Report of the Indian Hemp Drugs Commission, 1894-1895 - Volume I
Year: 1894
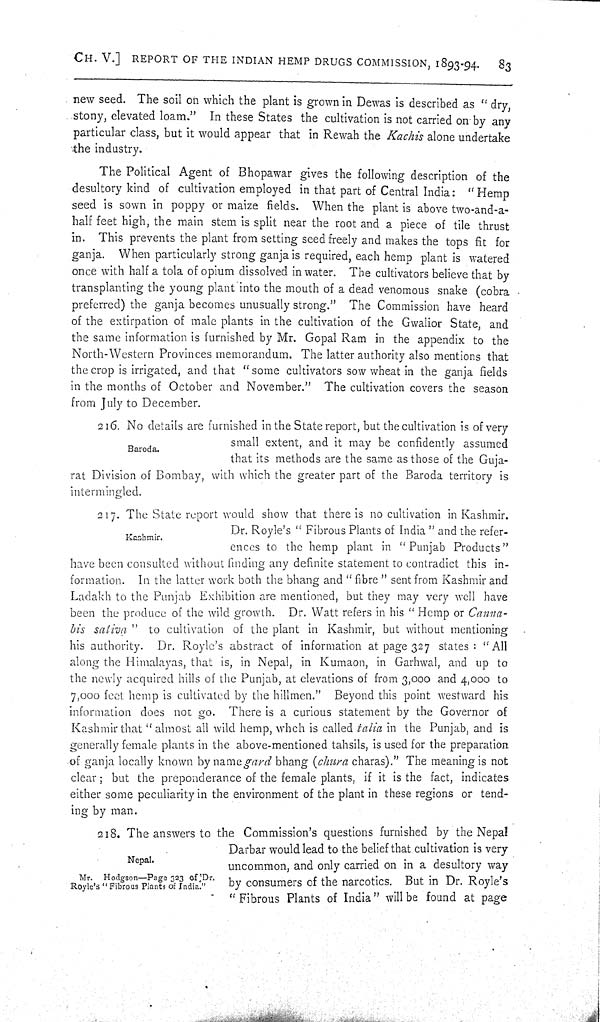
CH. V.] REPORT OF THE INDIAN HEMP DRUGS COMMISSION, 1893-94.
83
new seed. The soil on which the plant is grown in Dewas is described as "dry,
stony, elevated loam." In these States the cultivation is not carried on by any
particular class, but it would appear that in Rewah the Kachis alone undertake
the industry.
The Political Agent of Bhopawar gives the following description of the
desultory kind of cultivation employed in that part of Central India: "Hemp
seed is sown in poppy or maize fields. When the plant is above two-and-a-
half feet high, the main stem is split near the root and a piece of tile thrust
in. This prevents the plant from setting seed freely and makes the tops fit for
ganja. When particularly strong ganja is required, each hemp plant is watered
once with half a tola of opium dissolved in water. The cultivators believe that by
transplanting the young plant into the mouth of a dead venomous snake (cobra
preferred) the ganja becomes unusually strong." The Commission have heard
of the extirpation of male plants in the cultivation of the Gwalior State, and
the same information is furnished by Mr. Gopal Ram in the appendix to the
North-Western Provinces memorandum. The latter authority also mentions that
the crop is irrigated, and that "some cultivators sow wheat in the ganja fields
in the months of October and November." The cultivation covers the season
from July to December.
Baroda.
216. No details are furnished in the State report, but the cultivation is of very
small extent, and it may be confidently assumed
that its methods are the same as those of the Guja-
rat Division of Bombay, with which the greater part of the Baroda territory is
intermingled.
Kashmir.
217. The State report would show that there is no cultivation in Kashmir.
Dr. Royle's "Fibrous Plants of India" and the refer-
ences to the hemp plant in "Punjab Products"
have been consulted without finding any definite statement to contradict this in-
formation. In the latter work both the bhang and "fibre" sent from Kashmir and
Ladakh to the Punjab Exhibition are mentioned, but they may very well have
been the produce of the wild growth. Dr. Watt refers in his "Hemp or Canna-
bis sativa"
to cultivation of the plant in Kashmir, but without mentioning
his authority. Dr. Royle's abstract of information at page 327 states: "All
along the Himalayas, that is, in Nepal, in Kumaon, in Garhwal, and up to
the newly acquired hills of the Punjab, at elevations of from 3,000 and 4,000 to
7,000 feet hemp is cultivated by the hillmen." Beyond this point westward his
information does not go. There is a curious statement by the Governor of
Kashmir that "almost all wild hemp, whch is called talia in the Punjab, and is
generally female plants in the above-mentioned tahsils, is used for the preparation
of ganja locally known by name gard bhang (chura charas)." The meaning is not
clear; but the preponderance of the female plants, if it is the fact, indicates
either some peculiarity in the environment of the plant in these regions or tend-
ing by man.
Nepal.
Mr. Hodgson—Page 323 of Dr.
Royle's "Fibrous Plants of India."
218. The answers to the Commission's questions furnished by the Nepal
Darbar would lead to the belief that cultivation is very
uncommon, and only carried on in a desultory way
by consumers of the narcotics. But in Dr. Royle's
"Fibrous Plants of India" will be found at page